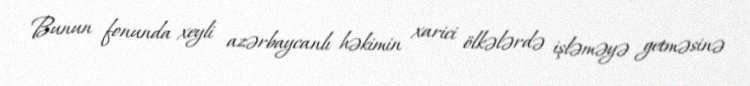
Bunun fonunda xeyli azərbaycanlı həkimin xarici ölkələrdə işləməyə getməsinə